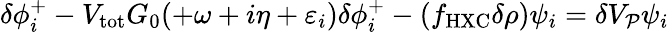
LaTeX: \begin{array}{r}{\delta\phi_{i}^{+}-V_{\mathrm{tot}}G_{0}(+\omega+i\eta+\varepsilon_{i})\delta\phi_{i}^{+}-(f_{\mathrm{HXC}}\delta\rho)\psi_{i}=\delta V_{\mathcal P}\psi_{i}}\end{array}